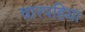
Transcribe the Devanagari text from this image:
चारपहिया